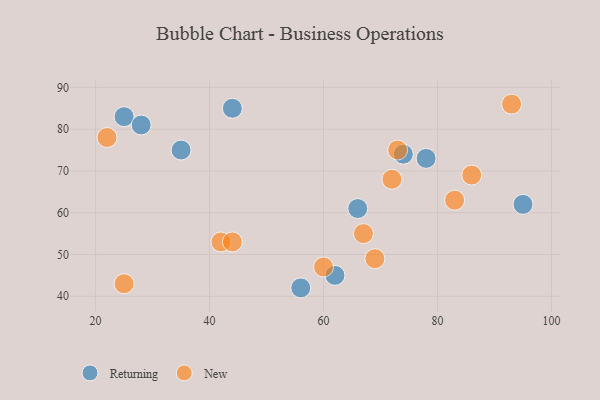
{"axis": {"x": "GDP", "y": "Life Expectancy"}, "legend": ["New", "Returning"], "data": [{"x": "78", "y": 73, "type": "Returning"}, {"x": "74", "y": 74, "type": "Returning"}, {"x": "25", "y": 83, "type": "Returning"}, {"x": "66", "y": 61, "type": "Returning"}, {"x": "62", "y": 45, "type": "Returning"}, {"x": "44", "y": 85, "type": "Returning"}, {"x": "35", "y": 75, "type": "Returning"}, {"x": "28", "y": 81, "type": "Returning"}, {"x": "56", "y": 42, "type": "Returning"}, {"x": "95", "y": 62, "type": "Returning"}, {"x": "86", "y": 69, "type": "New"}, {"x": "25", "y": 43, "type": "New"}, {"x": "73", "y": 75, "type": "New"}, {"x": "72", "y": 68, "type": "New"}, {"x": "83", "y": 63, "type": "New"}, {"x": "42", "y": 53, "type": "New"}, {"x": "69", "y": 49, "type": "New"}, {"x": "60", "y": 47, "type": "New"}, {"x": "44", "y": 53, "type": "New"}, {"x": "93", "y": 86, "type": "New"}, {"x": "67", "y": 55, "type": "New"}, {"x": "22", "y": 78, "type": "New"}]}